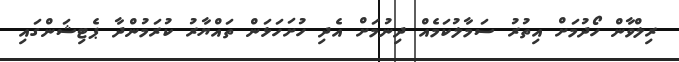
ރިލްވާން ހޯދުމަށް އިތުރު ސަމާލުކަމެއް ދިނުމަށް އެދި ހުށަހަޅަން ތައްޔާރު ކުރަމުންދާ ޕެޓިޝަންގައި